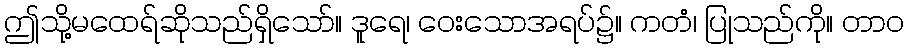
ဤသို့မထေရ်ဆိုသည်ရှိသော်။ ဒူရေ၊ ဝေးသောအရပ်၌။ ကတံ၊ ပြုသည်ကို။ တာဝ